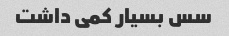
سس بسیار کمی داشت